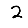
Digit: 2